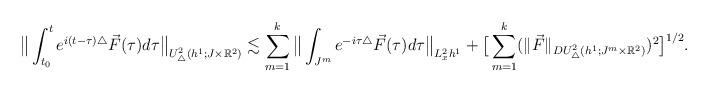
LaTeX: \begin{align*} \big\|\int^t_{t_0} e^{i(t-\tau)\triangle}\vec{F}(\tau)d\tau \big\|_{U^2_{\triangle}(h^{1};J\times \mathbb{R}^2)} &\lesssim \sum^{k}_{m=1} \big\| \int_{J^m} e^{-i\tau\triangle}\vec{F}(\tau)d\tau \big\|_{L^2_x h^{1}} + \big[\sum^{k}_{m=1}(\|\vec{F}\|_{DU^{2}_{\triangle}(h^{1};J^m\times \mathbb{R}^2)})^2 \big]^{1/2}.\end{align*}